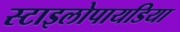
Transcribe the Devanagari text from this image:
स्टाइलोपायडिया